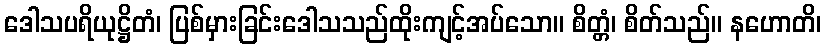
ဒေါသပရိယုဋ္ဌိတံ၊ ပြစ်မှားခြင်းဒေါသသည်ထိုးကျင့်အပ်သော။ စိတ္တံ၊ စိတ်သည်။ နဟောတိ၊